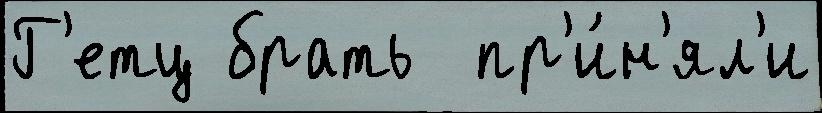
Г'етц брать  пр'и́н'ял'и